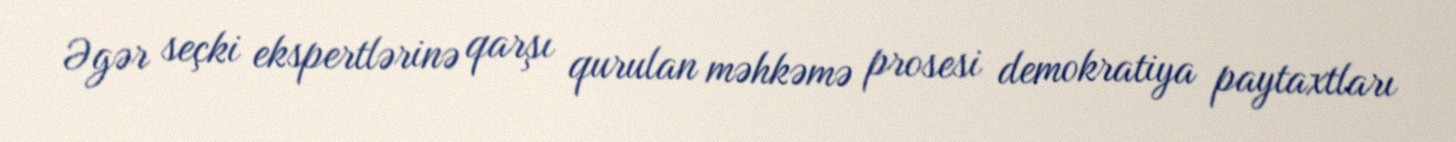
Əgər seçki ekspertlərinə qarşı qurulan məhkəmə prosesi demokratiya paytaxtları